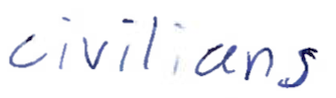
Text: civilians
Cross-out: clean
Writing tool: ballpoint